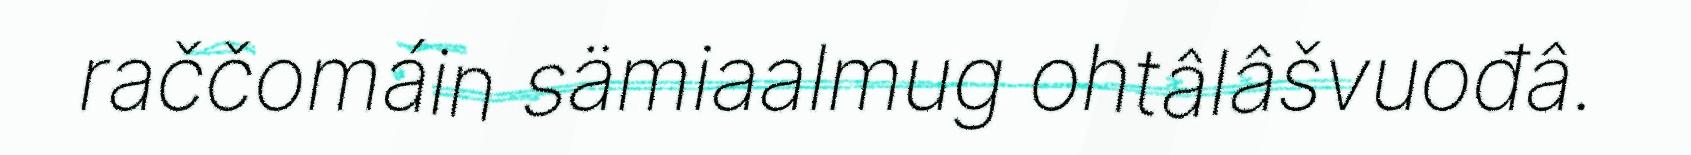
raččomáin sämiaalmug ohtâlâšvuođâ.